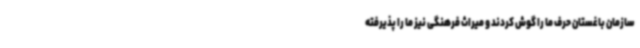
سازمان باغستان حرف ما را گوش کردند و میراث فرهنگی نیز ما را پذیرفته